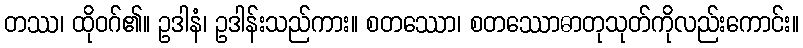
တဿ၊ ထိုဝဂ်၏။ ဥဒါနံ၊ ဥဒါန်းသည်ကား။ စတဿော၊ စတဿောဓာတုသုတ်ကိုလည်းကောင်း။